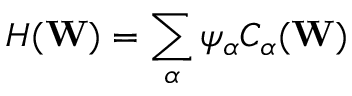
H ( \mathbf { W } ) = \sum _ { \alpha } \psi _ { \alpha } C _ { \alpha } ( \mathbf { W } )